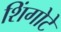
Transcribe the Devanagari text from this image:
शिंगोटे